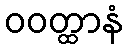
ဝဝတ္ထာနံ